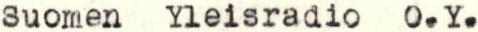
Suomen Yleisradio O.Y.